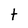
Character: t